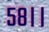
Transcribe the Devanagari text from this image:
५८।।